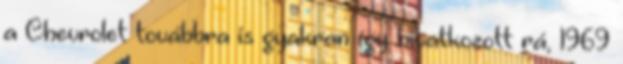
a Chevrolet továbbra is gyakran így hivatkozott rá, 1969